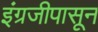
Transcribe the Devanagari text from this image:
इंग्रजीपासून